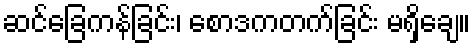
ဆင်ခြေကန်ခြင်း၊ စောဒကတက်ခြင်း မရှိချေ။